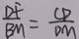
\frac { D F } { B M } = \frac { C D } { D M }